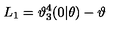
L _ { 1 } = \mathcal { \vartheta } _ { 3 } ^ { 4 } ( 0 | \theta ) - \mathcal { \vartheta }